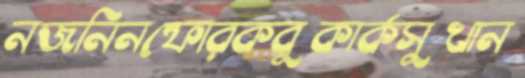
নজনিনফোরকবুকার্কসুখান